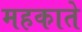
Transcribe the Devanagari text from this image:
महकाते